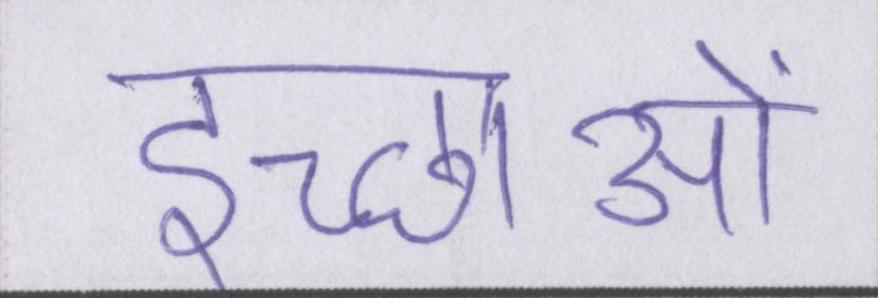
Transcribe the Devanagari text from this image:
इच्छाओं